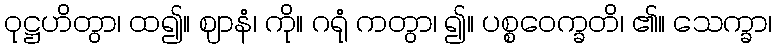
ဝုဋ္ဌဟိတွာ၊ ထ၍။ ဈာနံ၊ ကို။ ဂရုံ ကတွာ၊ ၍။ ပစ္စဝေက္ခတိ၊ ၏။ သေက္ခာ၊